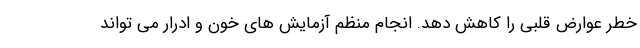
خطر عوارض قلبی را کاهش دهد. انجام منظم آزمایش های خون و ادرار می تواند